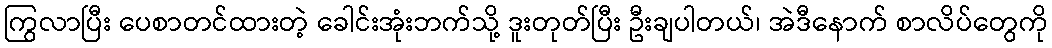
ကြွလာပြီး ပေစာတင်ထားတဲ့ ခေါင်းအုံးဘက်သို့ ဒူးတုတ်ပြီး ဦးချပါတယ်၊ အဲဒီနောက် စာလိပ်တွေကို